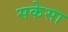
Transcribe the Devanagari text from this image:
सकेसा